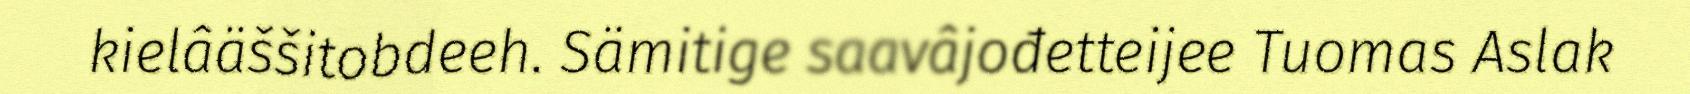
kielâäššitobdeeh. Sämitige saavâjođetteijee Tuomas Aslak